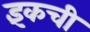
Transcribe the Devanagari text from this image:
इंकची